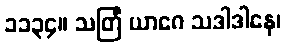
၁၁၃၄။ သတြံ ယာဂေ သဒါဒါနေ၊